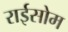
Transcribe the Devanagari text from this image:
राईसोम